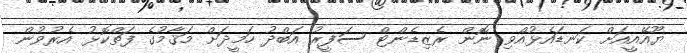
ޔޫއޭއީއަށް ކަނޑައެޅުއްވި ނޮން ރެޒިޑެންޓް ސަފީރު އަބްދު ހަމީދަށް މަޤާމުގެ ފަތްކޮޅު އެރުވުން